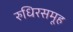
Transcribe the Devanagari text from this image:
रुधिरसमूह